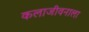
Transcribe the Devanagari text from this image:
कलाजीवनाला